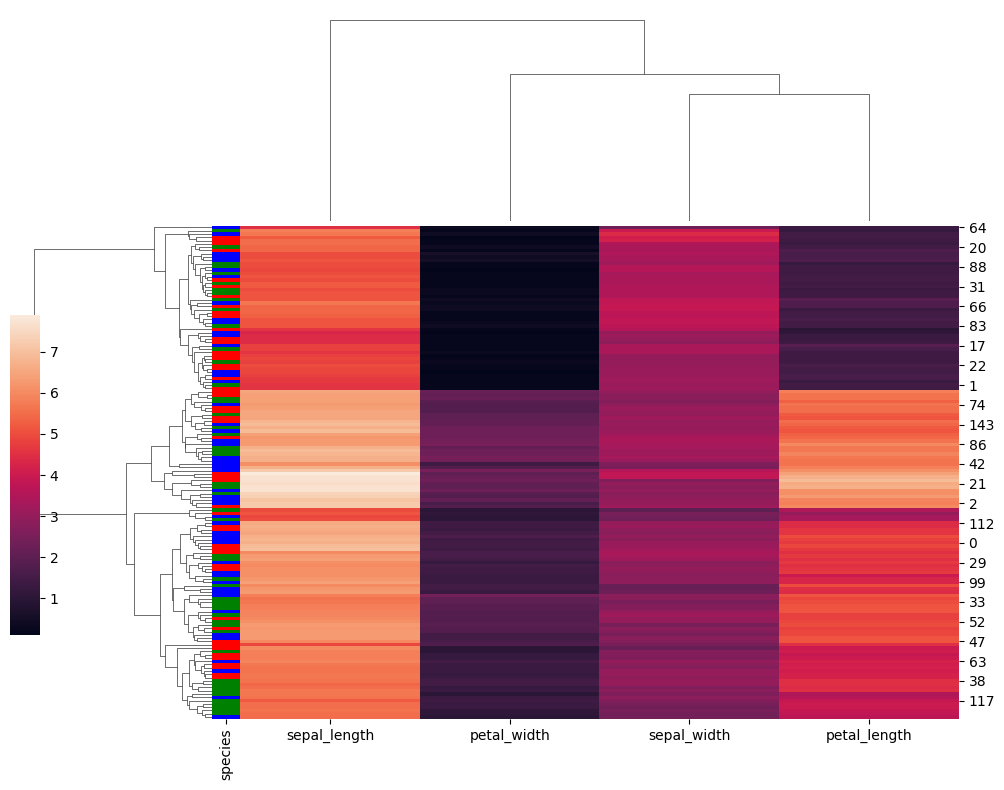
python, seaborn, clustermap, figsize=(10, 8), row_cluster=True, dendrogram_ratio=(0.2, 0.3), cbar_pos=(0, 0.2, 0.03, 0.4)